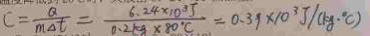
C = \frac { Q } { m \Delta t } = \frac { 6 . 2 4 \times 1 0 ^ { 3 } J } { 0 . 2 5 g \times 8 0 ^ { 3 } C } = 0 . 3 9 \times 1 0 ^ { 3 } J / ( k g \cdot ^ { \circ } C )